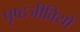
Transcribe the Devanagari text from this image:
पृष्ठजीवियों